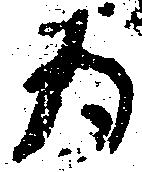
為